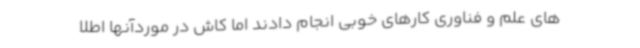
های علم و فناوری کارهای خوبی انجام دادند اما کاش در موردآنها اطلا